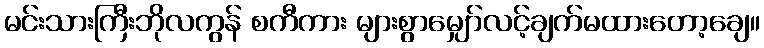
မင်းသားကြီးဘိုလကွန် စကီကား များစွာမျှော်လင့်ချက်မထားတော့ချေ။